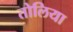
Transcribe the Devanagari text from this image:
तोलिया